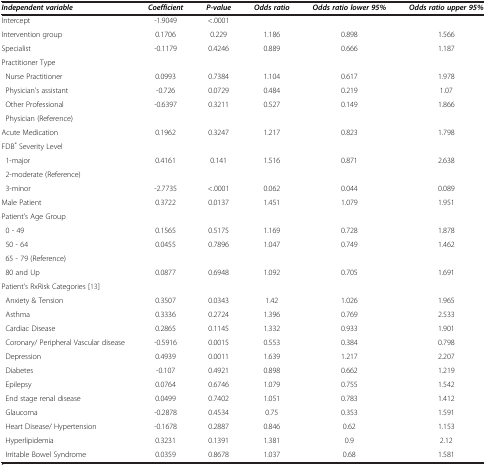
<table><thead><tr><td><b><i>Independent variable</i></b></td><td><b><i>Coefficient</i></b></td><td><b><i>P-value</i></b></td><td><b><i>Odds ratio</i></b></td><td><b><i>Odds ratio lower 95%</i></b></td><td><b><i>Odds ratio upper 95%</i></b></td></tr></thead><tbody><tr><td>Intercept</td><td>-1.9049</td><td>&lt;.0001</td><td> </td><td> </td><td> </td></tr><tr><td>Intervention group</td><td>0.1706</td><td>0.229</td><td>1.186</td><td>0.898</td><td>1.566</td></tr><tr><td>Specialist</td><td>-0.1179</td><td>0.4246</td><td>0.889</td><td>0.666</td><td>1.187</td></tr><tr><td>Practitioner Type</td><td> </td><td> </td><td> </td><td> </td><td> </td></tr><tr><td> Nurse Practitioner</td><td>0.0993</td><td>0.7384</td><td>1.104</td><td>0.617</td><td>1.978</td></tr><tr><td> Physician’s assistant</td><td>-0.726</td><td>0.0729</td><td>0.484</td><td>0.219</td><td>1.07</td></tr><tr><td> Other Professional</td><td>-0.6397</td><td>0.3211</td><td>0.527</td><td>0.149</td><td>1.866</td></tr><tr><td> Physician (Reference)</td><td> </td><td> </td><td> </td><td> </td><td> </td></tr><tr><td>Acute Medication</td><td>0.1962</td><td>0.3247</td><td>1.217</td><td>0.823</td><td>1.798</td></tr><tr><td>FDB<sup>*</sup> Severity Level</td><td> </td><td> </td><td> </td><td> </td><td> </td></tr><tr><td> 1-major</td><td>0.4161</td><td>0.141</td><td>1.516</td><td>0.871</td><td>2.638</td></tr><tr><td> 2-moderate (Reference)</td><td> </td><td> </td><td> </td><td> </td><td> </td></tr><tr><td> 3-minor</td><td>-2.7735</td><td>&lt;.0001</td><td>0.062</td><td>0.044</td><td>0.089</td></tr><tr><td>Male Patient</td><td>0.3722</td><td>0.0137</td><td>1.451</td><td>1.079</td><td>1.951</td></tr><tr><td>Patient’s Age Group</td><td> </td><td> </td><td> </td><td> </td><td> </td></tr><tr><td> 0 - 49</td><td>0.1565</td><td>0.5175</td><td>1.169</td><td>0.728</td><td>1.878</td></tr><tr><td> 50 - 64</td><td>0.0455</td><td>0.7896</td><td>1.047</td><td>0.749</td><td>1.462</td></tr><tr><td> 65 - 79 (Reference)</td><td> </td><td> </td><td> </td><td> </td><td> </td></tr><tr><td> 80 and Up</td><td>0.0877</td><td>0.6948</td><td>1.092</td><td>0.705</td><td>1.691</td></tr><tr><td>Patient’s RxRisk Categories [13]</td><td> </td><td> </td><td> </td><td> </td><td> </td></tr><tr><td> Anxiety &amp; Tension</td><td>0.3507</td><td>0.0343</td><td>1.42</td><td>1.026</td><td>1.965</td></tr><tr><td> Asthma</td><td>0.3336</td><td>0.2724</td><td>1.396</td><td>0.769</td><td>2.533</td></tr><tr><td> Cardiac Disease</td><td>0.2865</td><td>0.1145</td><td>1.332</td><td>0.933</td><td>1.901</td></tr><tr><td> Coronary/ Peripheral Vascular disease</td><td>-0.5916</td><td>0.0015</td><td>0.553</td><td>0.384</td><td>0.798</td></tr><tr><td> Depression</td><td>0.4939</td><td>0.0011</td><td>1.639</td><td>1.217</td><td>2.207</td></tr><tr><td> Diabetes</td><td>-0.107</td><td>0.4921</td><td>0.898</td><td>0.662</td><td>1.219</td></tr><tr><td> Epilepsy</td><td>0.0764</td><td>0.6746</td><td>1.079</td><td>0.755</td><td>1.542</td></tr><tr><td> End stage renal disease</td><td>0.0499</td><td>0.7402</td><td>1.051</td><td>0.783</td><td>1.412</td></tr><tr><td> Glaucoma</td><td>-0.2878</td><td>0.4534</td><td>0.75</td><td>0.353</td><td>1.591</td></tr><tr><td> Heart Disease/ Hypertension</td><td>-0.1678</td><td>0.2887</td><td>0.846</td><td>0.62</td><td>1.153</td></tr><tr><td> Hyperlipidemia</td><td>0.3231</td><td>0.1391</td><td>1.381</td><td>0.9</td><td>2.12</td></tr><tr><td> Irritable Bowel Syndrome</td><td>0.0359</td><td>0.8678</td><td>1.037</td><td>0.68</td><td>1.581</td></tr></tbody></table>